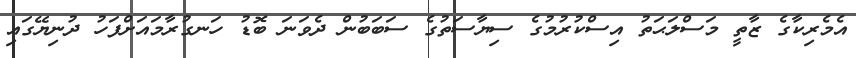
އެމެރިކާގެ ޒާތީ މަސްލަޙަތު އިސްކުރުމުގެ ސިޔާސަތުގެ ސަބަބުން ދެވަނަ ބޮޑު ހަނގުރާމައަށްފަހު ދުނިޔޭގައި